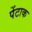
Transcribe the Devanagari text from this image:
पेंटाक